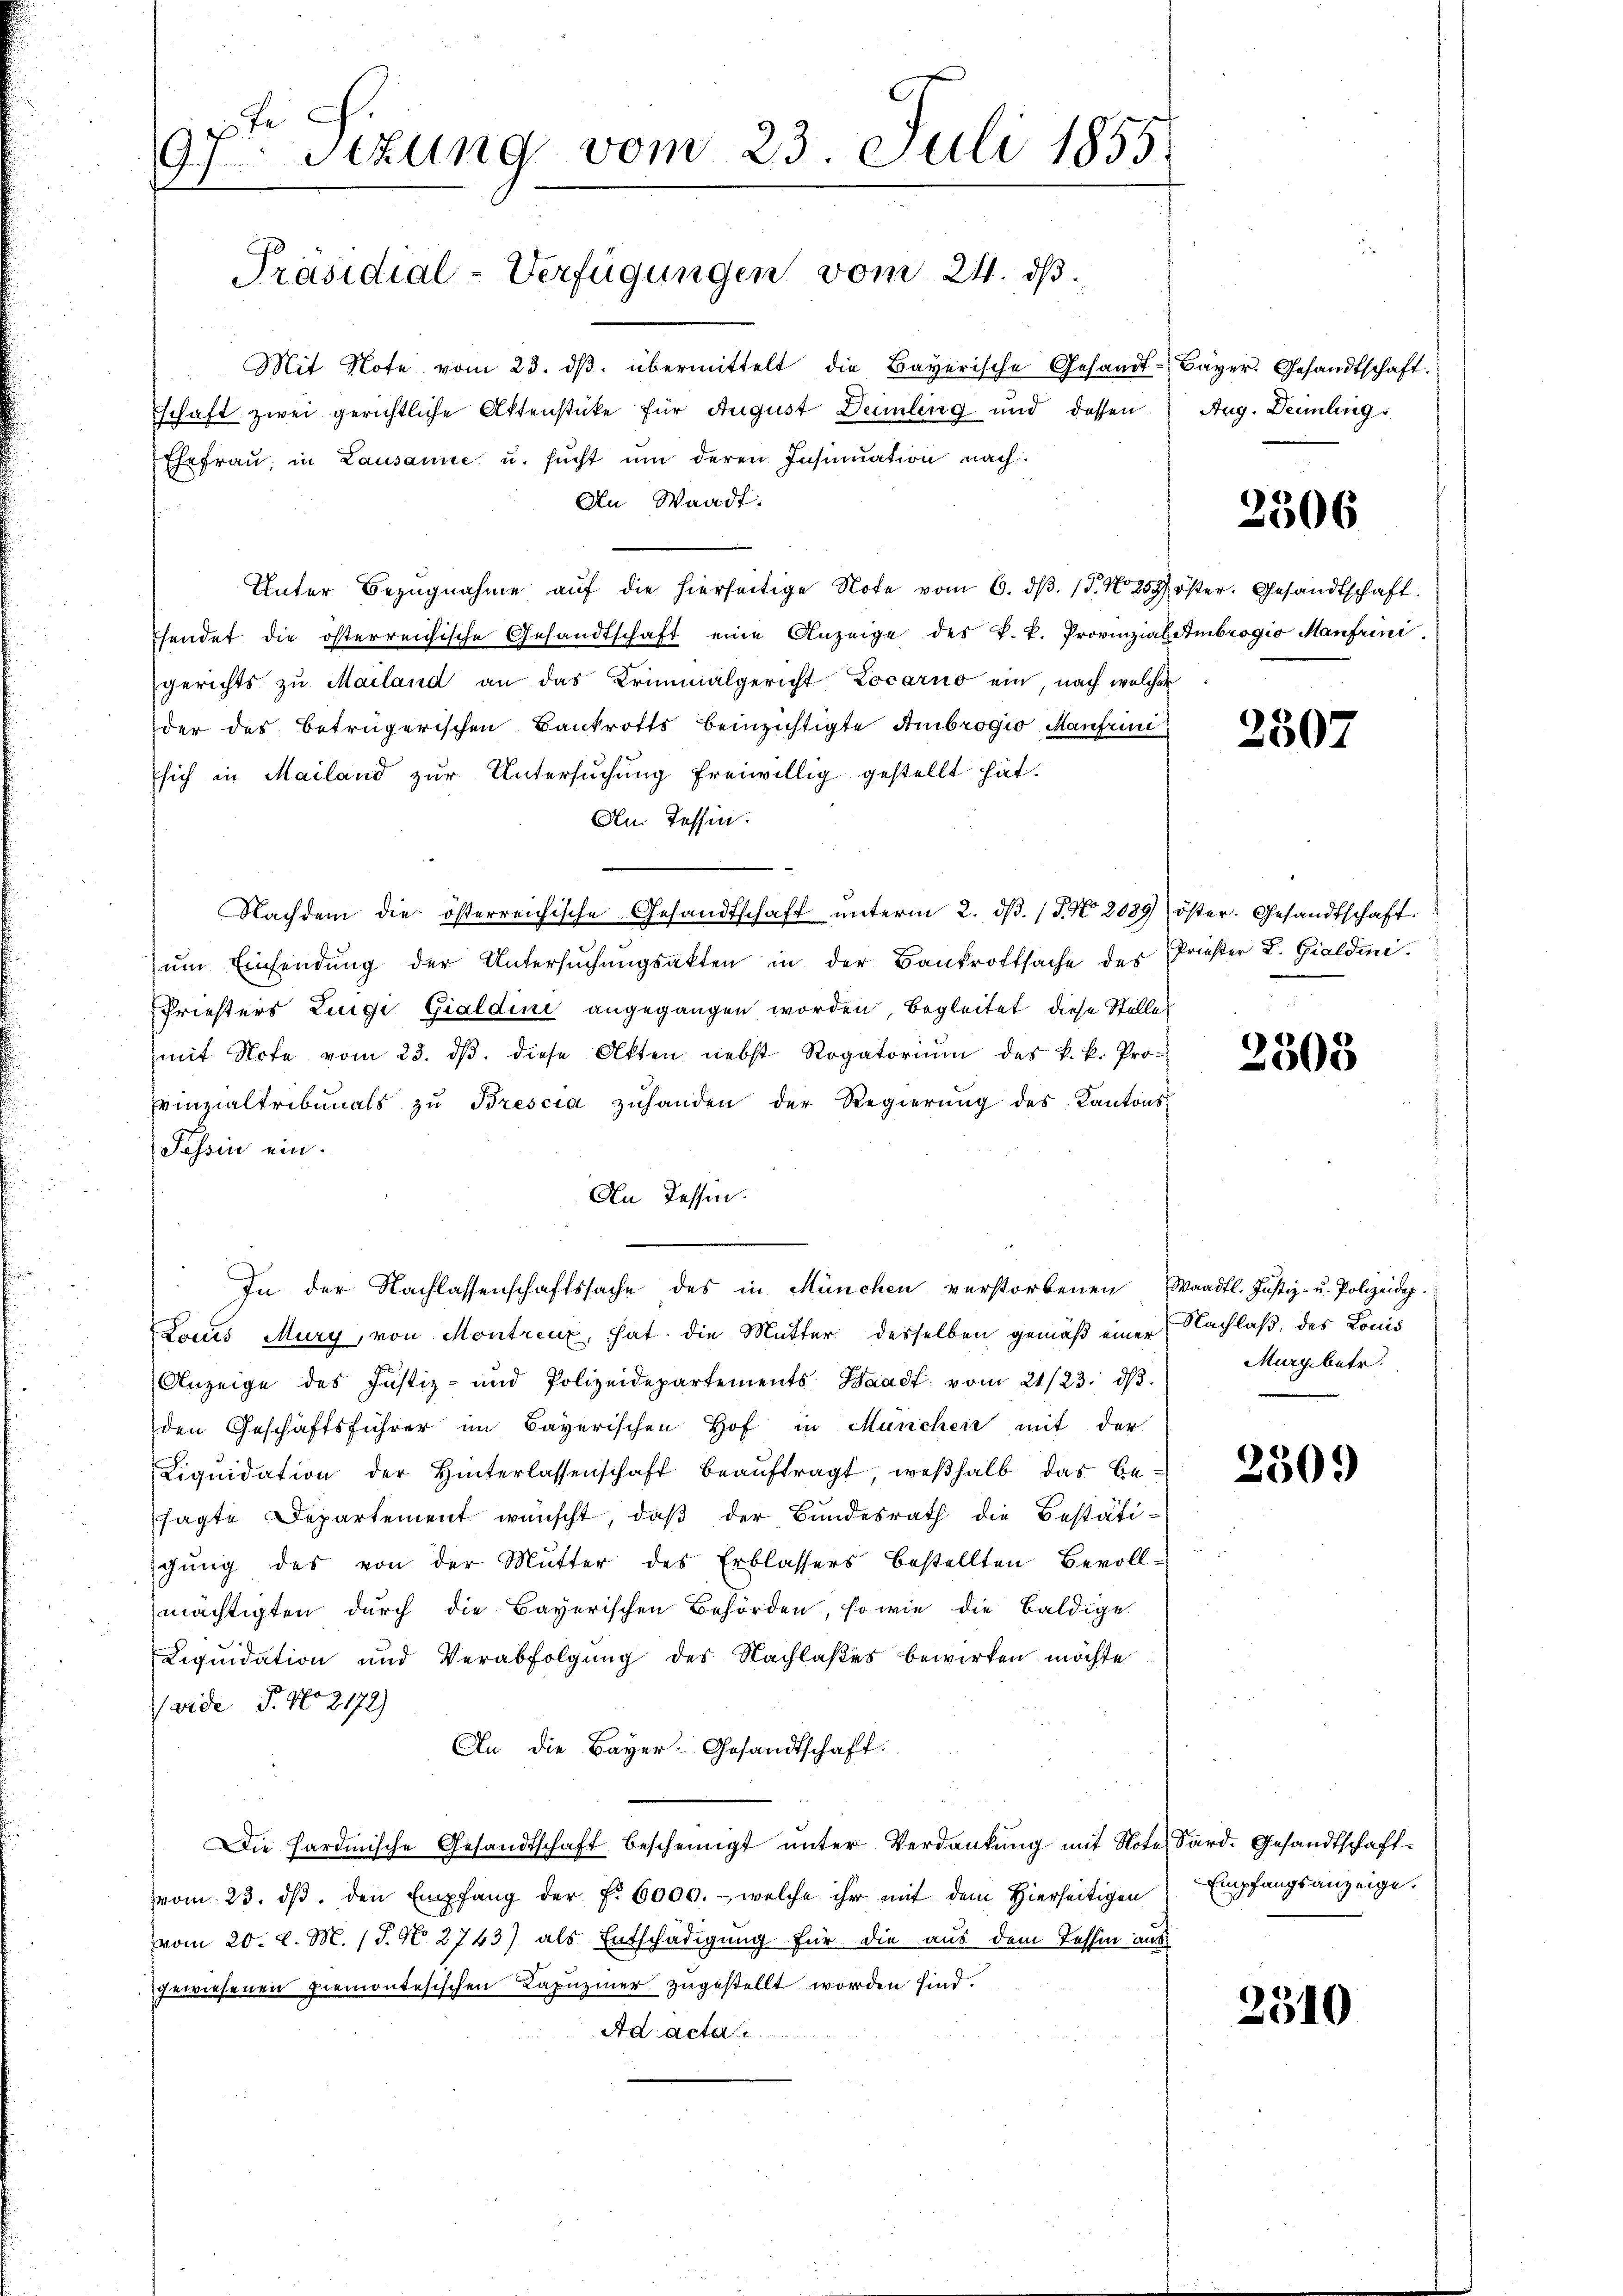
9ten Sizung vom 23. Juli 1855.

Präsidial-Verfügungen vom 24. ds.

Mit Note vom 23. dβ. übermittelt die Bayerische Gesandt-Bayer. Gesandtschaft.
schaft zwei gerichtliche Aktenstüke für August Deinling und dessen
Ehefraŭ in Lausanne u. sŭcht ŭm deren Insinuation nach
An Waadt:
Unter Bezŭgnahme aŭf die hierseitige Note vom 6. dβ. 15. No 259 öster. Gesandtschaft.
hendet die österreichische Gesandtschaft eine Anzeige des k. k. Provinzialembrogio Manfrini
gerichts zu Mailand an das Kriminalgericht, Locarno ein, nach welcher
der des betrügerischen Bankrotts beinzichtigte Ambrogio Manfrini
sich in Mailand zur Untersuchung freiwillig gestellt hat.
An. Tessin.
Nachdem die österreichische Gesandtschaft unterm 2. d. 15. No. 2089 öster. Gesandtschaft
ŭm Einsendung der Untersŭchŭngsakten in der Bankrottsache des Prieser L. Gialdini.
Priesters Luigi Gialdini angegangen worden, begleitet diese Stelle
mit Note vom 23. dβ. diese Akten nebst Rogatoriŭm des k. k. Pro-
vinzialtribunals zŭ Brescia zŭhanden der Regierŭng des Kantons
Tessin ein.
An Tessin.
In der Nachlassenschaftssache des in München verstorbenen Waadt. Justiz- u. Polizeidep
Louis Mury, von Montreuz, hat die Mutter desselben gemäß einer Nachlaß, des Louis
Anzeige des Justiz- und Polizeidepartements Waadt vom 21./23. dβ.
den Geschäftsführer im Bayerischen Hof in München mit der
Liqŭidation der Hinterlassenschaft beaŭftragt, weßhalb das Besagte Departement wünscht, daß der Bundesrath die Bestäti-
gŭng des von der Mutter des Erblassers bestellten Bevoll-
mächtigten durch die Bayerischen Behörden, so wie die baldige
Liquidation und Verabfolgung des Nachlaßes bewirken möchte
(vide P. No 2172)
An die Bayer. Gesandtschaft.
Die Hardinische Gesandtschaft bescheinigt ŭnter Verdankŭng mit Note Sard. Gesandtschaftvom 23. dβ. den Empfang der f. 6000.- welche ihr mit dem Hierseitigen
vom 20. d. M. 1 S. N. 2743) als Entschädigung für die aus dem Tessin aus
gewiesenen Piemontesischen Kapuziner zugestellt worden sind.
Ad acta

Aug. Deimling.

2506

2507

2308

Murgebetr.

2309

Empfangsanzeige.

2310